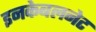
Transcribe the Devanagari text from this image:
इनकेबलनेट